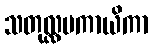
သတုလ္လပကာယိကာ